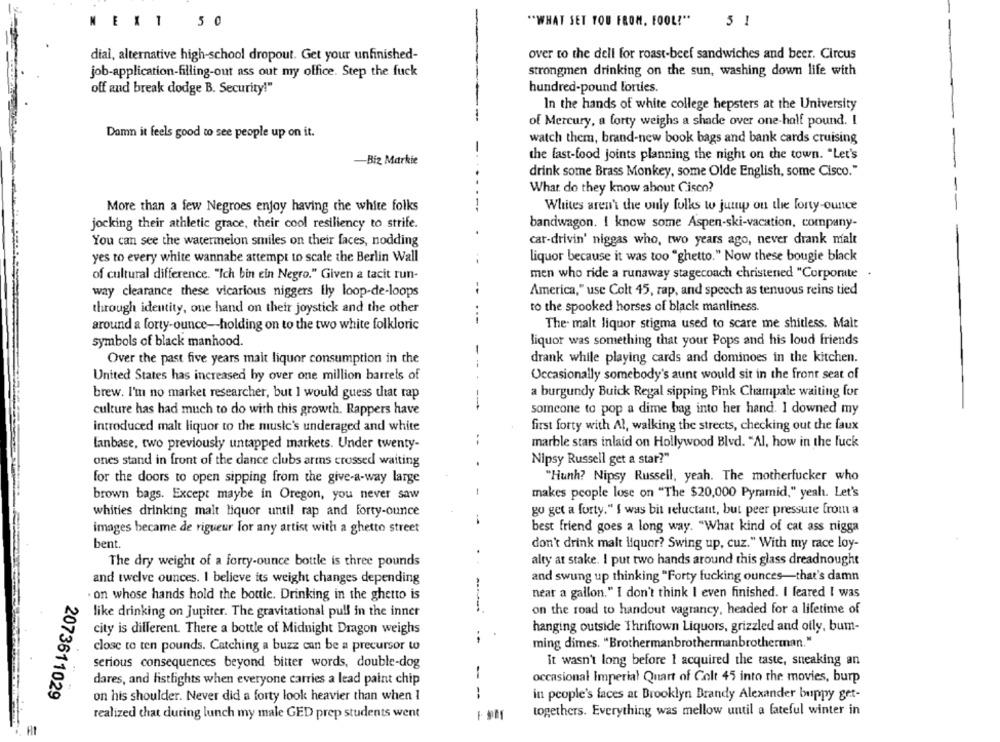
EX
1
5 0
""WHAT SET YOU FROM, FOOL!"
5 1
dial, alternative high-school dropout. Get your unfinished-
over to the dell for roast-beef sandwiches and beer. Circus
job-application-filling-out ass out my office. Step the fuck
strongmen drinking on the sun, washing down life with
hundred-pound Forties.
off and break dodge B. Security!"
In the hands of white college hepsters at the University
of Mercury, a forty weighs a shade over one-half pound. I
Damn it feels good to see people up on it.
watch them, brand-new book bags and bank cards cruising
the fast-food joints planning the night on the town. "Let's
-Biz Markie
drink some Brass Monkey, some Olde English, some Cisco."
What do they know about Cisco?
More than a few Negroes enjoy having the white folks
Whites aren't the only folks to jump on the forty-ounce
jocking their athletic grace, their cool resiliency to strife.
bandwagon. I know some Aspen-ski-vacation, company-
You can see the watermelon smiles on their faces, nodding
car-drivin' niggas who, two years ago, never drank malt
yes to every white wannabe attempt to scale the Berlin Wall
liquor because it was too "ghetto." Now these bougie black
men who ride a runaway stagecoach christened "Corporate
of cultural difference. "Ich bin ein Negro." Given a tacit run-
way clearance these vicarious niggers fly loop-de-loops
America," use Colt 45, rap, and speech as tenuous reins tied
through identity, one hand on their joystick and the other
to the spooked horses of black manliness.
around a forty-ounce-holding on to the two white folkloric
The. malt liquor stigma used to scare me shitless. Malt
symbols of black manhood.
liquor was something that your Pops and his loud friends
Over the past five years mait liquor consumption in the
drank while playing cards and dominoes in the kitchen.
--
United States has increased by over one million barrels of
Occasionally somebody's aunt would sit in the front seat of
a burgundy Buick Regal sipping Pink Champale waiting for
brew. I'm no market researcher, but I would guess that rap
---
culture has had much to do with this growth. Rappers have
someone to pop a dime bag into her hand. I downed my
introduced malt liquor to the music's underaged and white
first forty with Al, walking the streets, checking out the faux
fanbase, two previously untapped markets. Under twenty-
marble stars inlaid on Hollywood Blvd. "Al, how in the fuck
Nipsy Russell get a star?"
ones stand in front of the dance clubs arms crossed waiting
for the doors to open sipping from the give-a-way large
"Hunh? Nipsy Russell, yeah. The motherfucker who
brown bags. Except maybe in Oregon, you never saw
-
makes people lose on "The $20,000 Pyramid," yeah. Let's
whities drinking malt liquor until rap and forty-ounce
go get a forty." I was bit reluctant, but peer pressure from a
..
images became de rigueur for any artist with a ghetto street
best friend goes a long way. "What kind of cat ass nigga
bent.
don't drink malt liquor? Swing up, cuz." With my race loy-
The dry weight of a forty-ounce bottle is three pounds
..
alty at stake. I put two hands around this glass dreadnought
and swung up thinking "Forty fucking ounces-that's damn
and twelve ounces. I believe its weight changes depending
near a gallon." I don't think I even finished. I feared I was
. on whose hands hold the bottle. Drinking in the ghetto is
-
like drinking on Jupiter. The gravitational pull in the inner
on the road to handout vagrancy, headed for a lifetime of
hanging outside Thriftown Liquors, grizzled and ofly, bum-
city is different. There a bottle of Midnight Dragon weighs
ming dimes. "Brothermanbrothermanbrotherman."
close to ten pounds. Catching a buzz can be a precursor to
serious consequences beyond bitter words, double-dog
it wasn't long before 1 acquired the taste, sneaking an
-
dares, and listfights when everyone carries a lead paint chip
occasional Imperial Quart of Colt 45 into the movies, burp
2073611029
on his shoulder. Never did a forty look heavier than when I
--
in people's faces at Brooklyn Brandy Alexander buppy get-
togethers. Everything was mellow until a fateful winter in
realized that during lunch my male GED prep students went
Ht